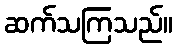
ဆက်သကြသည်။